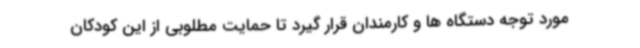
مورد توجه دستگاه ها و کارمندان قرار گیرد تا حمایت مطلوبی از این کودکان